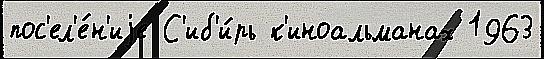
пос'ел'е́н'иjе С'иб'и́рь к'иноальманах 1963